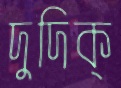
দুদিক্‌